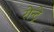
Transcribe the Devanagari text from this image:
रोन्ट्रे